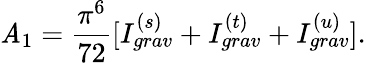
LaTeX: \mathit{A}_{1}=\frac{{\pi^{6}}}{{72}}[I_{grav}^{(s)}+I_{grav}^{(t)}+I_{grav}^{(u)}].